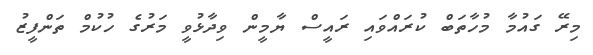
މިރޭ ގައުމާ މުހާތަބް ކުރައްވައި ރައީސް ޔާމީން ވިދާޅުވީ މަރުގެ ހުކުމް ތަންފީޒު